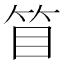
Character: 𥬥